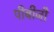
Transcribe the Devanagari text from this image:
पीबीजी